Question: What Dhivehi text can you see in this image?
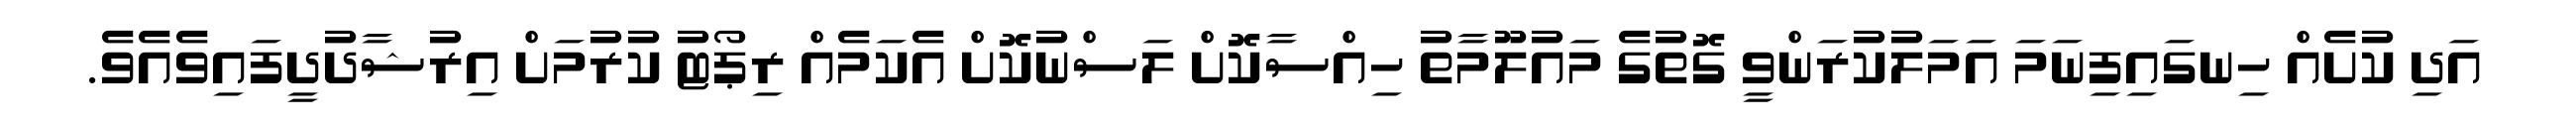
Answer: އަދި ކުށެއް ހިނގައިފިނަމަ އަމަލުކުރަންވީ ގޮތުގެ މައުލޫމާތު ހިއްސާކޮށް ލަސްނުކޮށް އެކަމެއް ރިޕޯޓު ކުރުމަށް އިރުޝާދުދީފައިވެއެވެ.